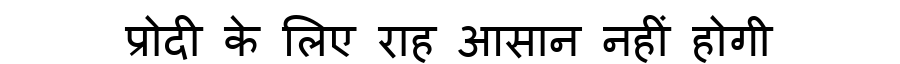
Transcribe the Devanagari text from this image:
प्रोदी के लिए राह आसान नहीं होगी